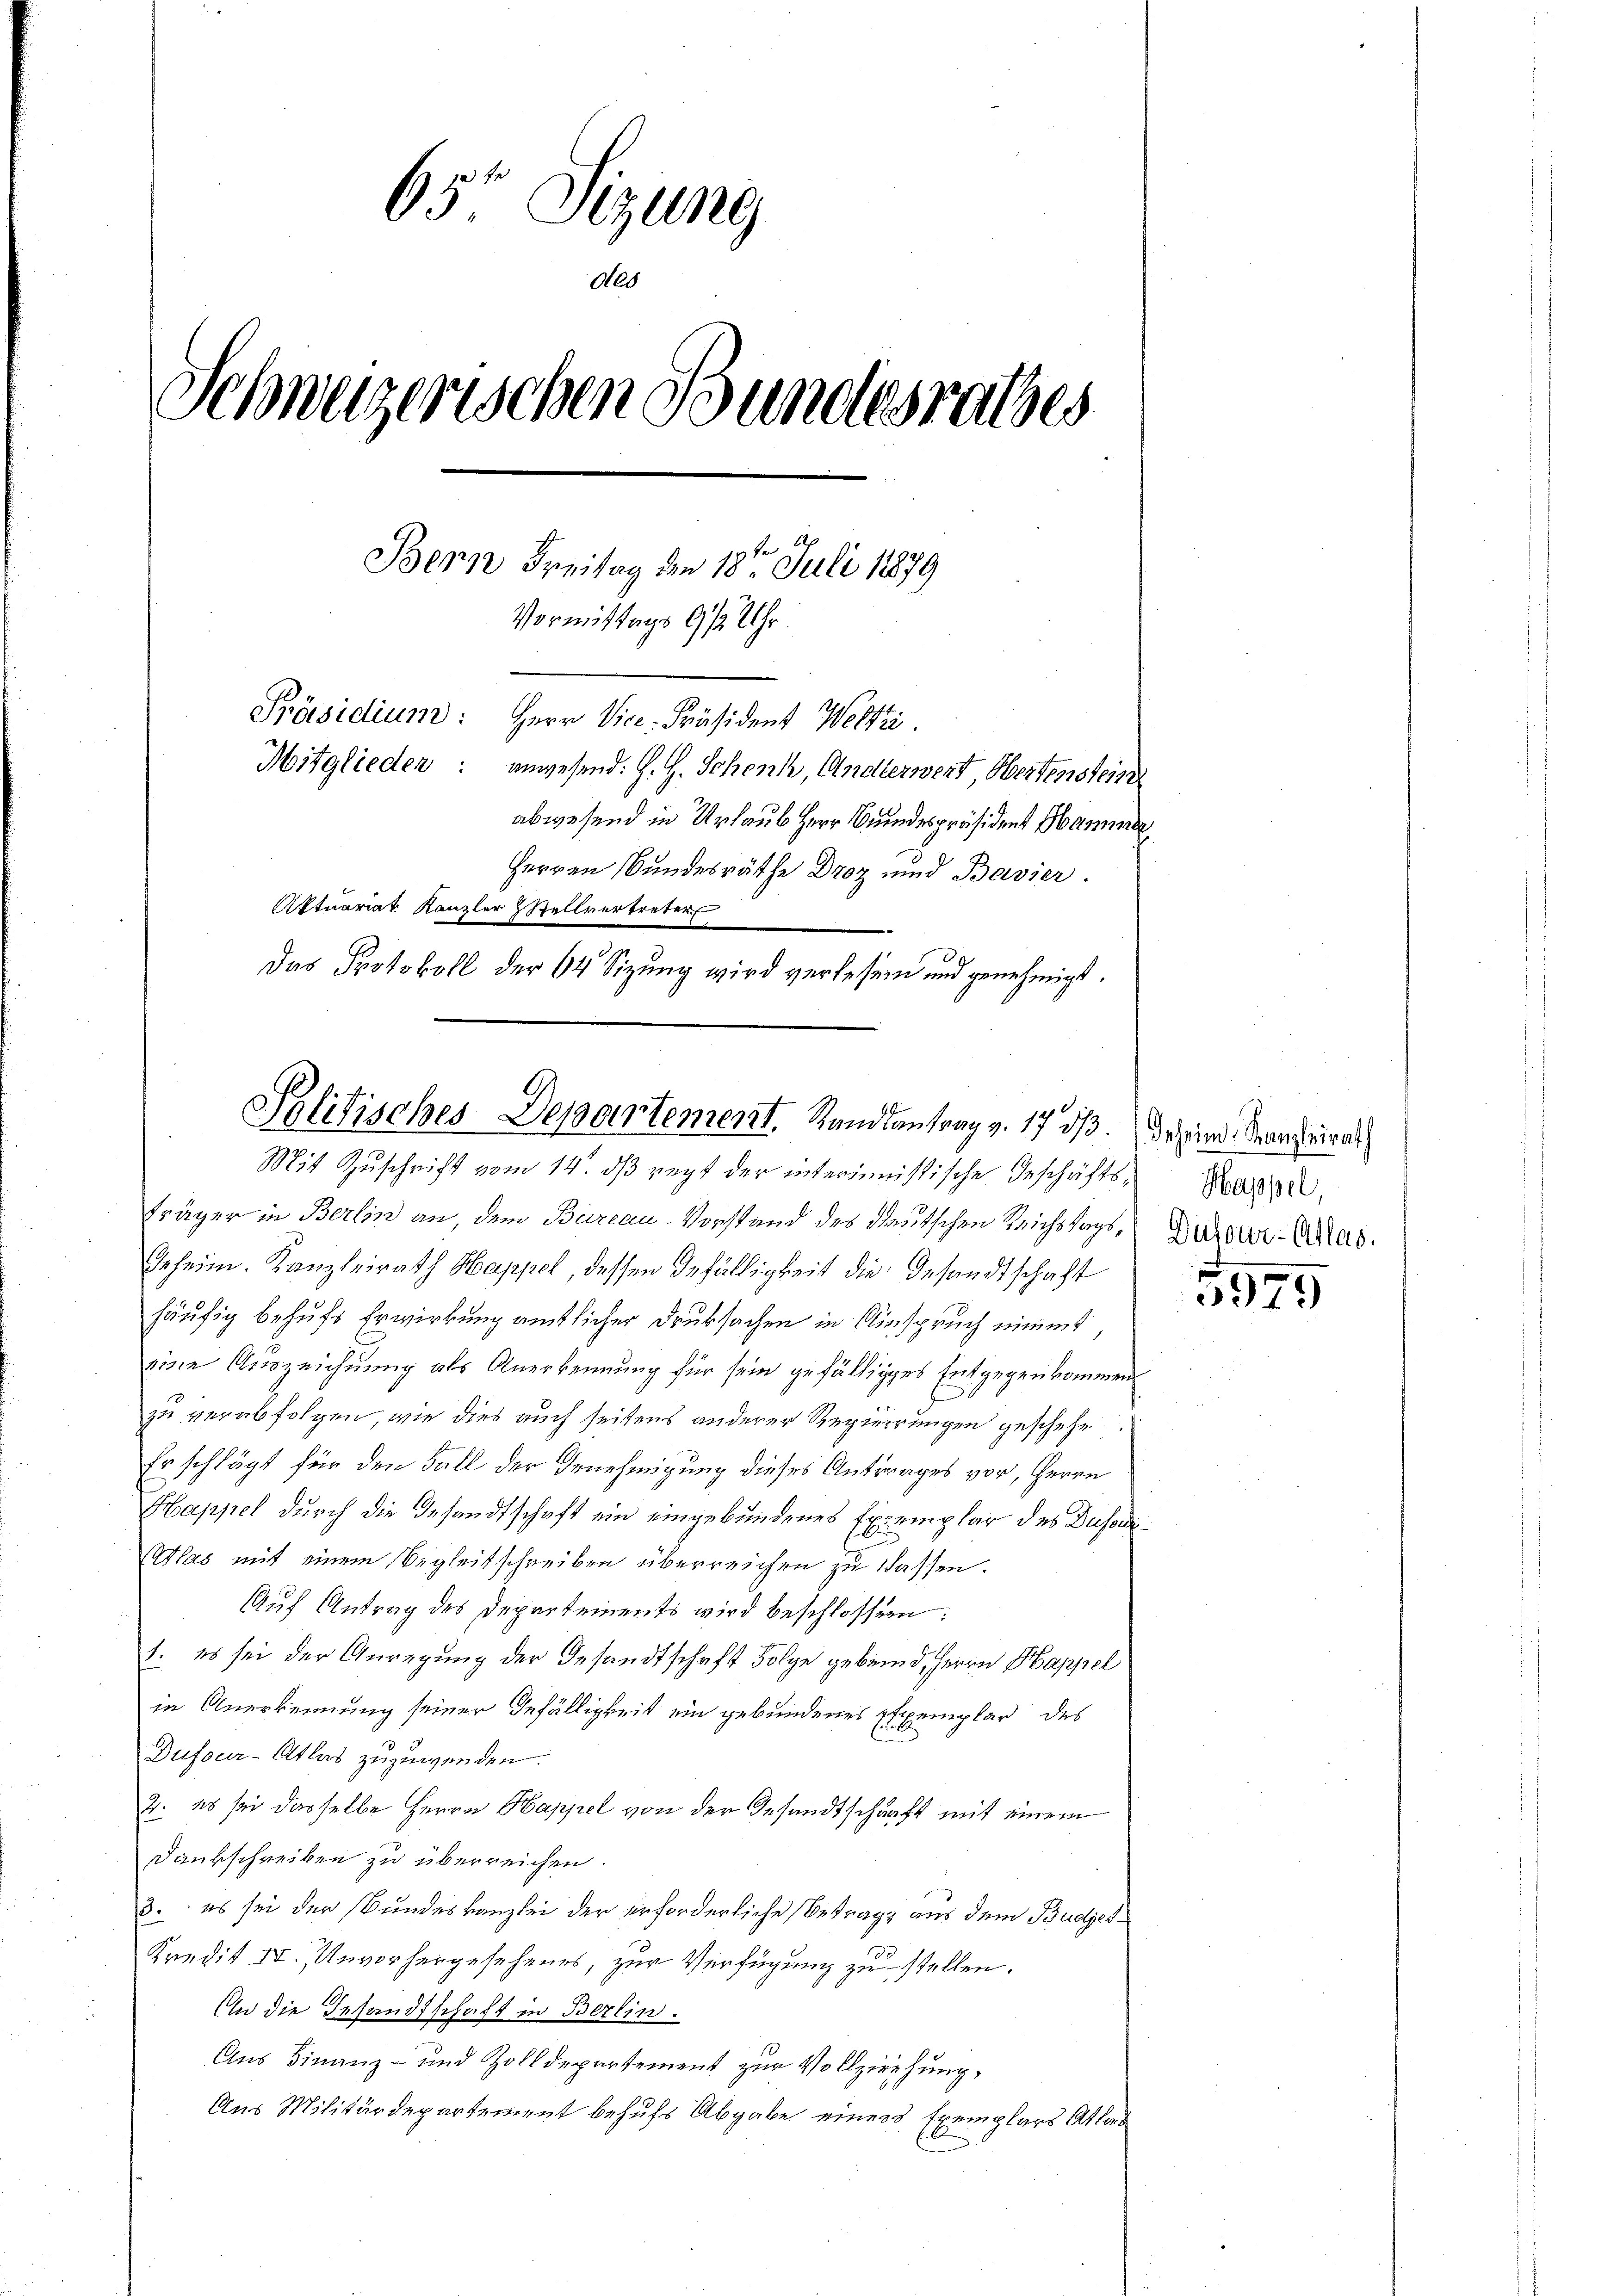
65 Sizung
des
Schweizerischen Bundesrathes
Bern Freitag den 18ten Juli 1879
Vormittags 9 % Uhr.
Präsidium: Herr Vice-Präsident Weltri
Mitglieden: anwesend: H. H. Schenk, Anderwert, Wertenstein
abwesend in Urlaub Herr Bundespräsident Hammer
Herren Bundesräthe Droz und Bavier.
Aktuariat Kanzler Stellvertreter
Das Protokoll der 64 Sizung wird verlesen und genehmigt.

Politisches Departement. Randsantrag v. 17 dß. Dasein Manzeirat

Mit Zuschrift vom 14. ds regt der interimistische Geschäftsfräger in Berlin an, dem Bureau-Vorstand des deutschen Reichstags,
Geheim. Kanzleirath Happel, dessen Gefälligkeit die Gesandtschaft
häufig behufs Erwirkung amtlicher Druksachen in Ainspruch nimmt
eine Auszeichnung als Anerkennung für sein gefälliges Entgegenkommen
zu verabfolgen, wie dies auch seitens anderer Regierungen geschehe
Er schlägt für den Fall der Genehmigung dieses Antrages vor, Herrn
Happel durch die Gesandtschaft ein eingebundenes Exemplar des Dusori¬
Wlas mit einem Begleitschreiben überreichen zu lassen.
Auf Antrag des Departements wird beschlossen:
1. es sei der Anregung der Gesandtschaft Folge gebend, Herrn Happel
in Anerkennung seiner Infälligkeit ein gebundenes Exemplar des
Dufour-Atlers zuzuwenden.
2. es sei dasselbe Herrn Happel von der Gesandtschaft mit einem
Dankschreiben zu überreichen.
3. es sei der Bundeskanzlei der erforderliche Betrage aus dem Budjet¬
Kredit II., Unvorhergesehenes, zur Verfügung zu stellen.
An die Gesandtschaft in Berlin.
Aus Finanz- und Zolldepartement zur Vollziehung,
Aus Militärdepartement behufs Abgabe einers Exemplars Atlas

Happel,
Dufour-Atlas.

5975